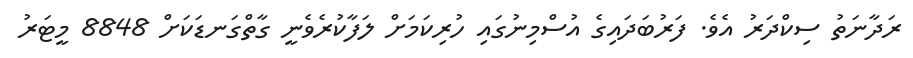
ރަދާނަތު ސިކްދަރު އެވެ. ފަރުބަދައިގެ އުސްމިނުގައި ހުރިކަމަށް ލަފާކުރެވެނީ ގާތްގަނޑަކަށް 8848 މީޓަރު